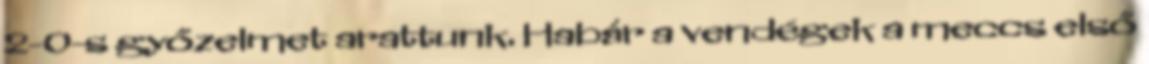
2-0-s győzelmet arattunk. Habár a vendégek a meccs első